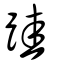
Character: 跬